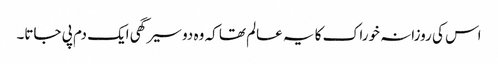
اس کی روزانہ خوراک کا یہ عالم تھا کہ وہ دو سیر گھی ایک دم پی جاتا۔